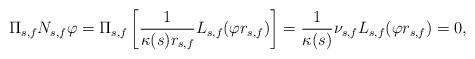
LaTeX: \begin{align*}\Pi_{s,f} N_{s,f} \varphi = \Pi_{s,f} \left[ \frac{1}{\kappa(s) r_{s,f}} L_{s,f}(\varphi r_{s,f}) \right]= \frac{1}{\kappa(s)} \nu_{s,f} L_{s,f}(\varphi r_{s,f}) = 0,\end{align*}